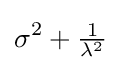
\sigma ^{2}+{\tfrac {1}{\lambda ^{2}}}